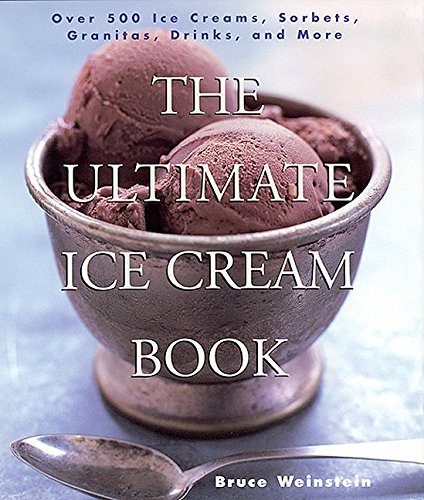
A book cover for The Ultimate Ice Cream Book: Over 500 Ice Creams, Sorbets, Granitas, Drinks, And More; Bruce Weinstein; Cookbooks, Food & Wine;